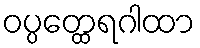
ဝပ္ပတ္ထေရဂါထာ